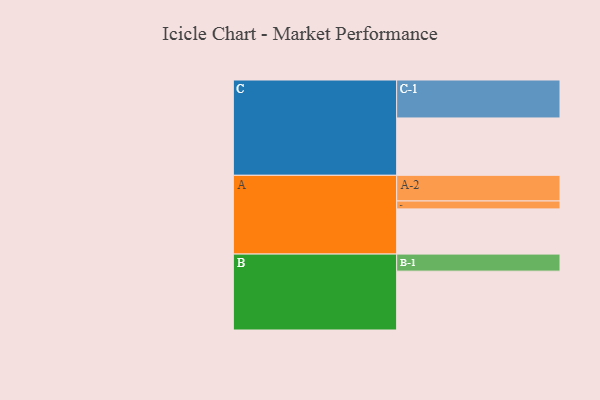
{"axis": {"x": "Segment", "y": "Value"}, "legend": ["", "A", "B", "C"], "data": [{"x": "A", "y": 331, "type": ""}, {"x": "B", "y": 431, "type": ""}, {"x": "C", "y": 420, "type": ""}, {"x": "A-1", "y": 58, "type": "A"}, {"x": "A-2", "y": 188, "type": "A"}, {"x": "B-1", "y": 125, "type": "B"}, {"x": "C-1", "y": 278, "type": "C"}]}